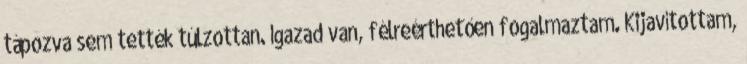
tápozva sem tették túlzottan. Igazad van, félreérthetően fogalmaztam. Kijavítottam,